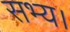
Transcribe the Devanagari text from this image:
सभ्य।